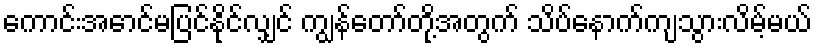
ကောင်းအောင်မပြင်နိုင်လျှင် ကျွန်တော်တို့အတွက် သိပ်နောက်ကျသွားလိမ့်မယ်